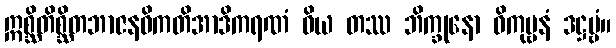
ဣစ္ဆိတိစ္ဆိတဘာဇနဝိကတိအာဒိကရဏံ ဝိယ တဿ ဘိက္ခုနော ဝိကုဗ္ဗနံ ဒဋ္ဌဗ္ဗံ။